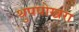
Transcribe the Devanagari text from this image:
थुपपोखरा